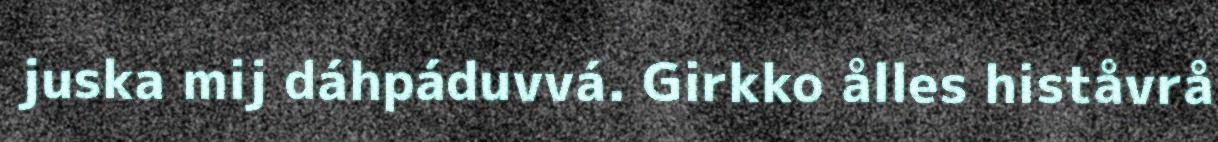
juska mij dáhpáduvvá. Girkko ålles histåvrå